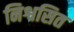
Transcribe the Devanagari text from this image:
निश्वसित